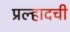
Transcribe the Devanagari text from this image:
प्रल्हादची